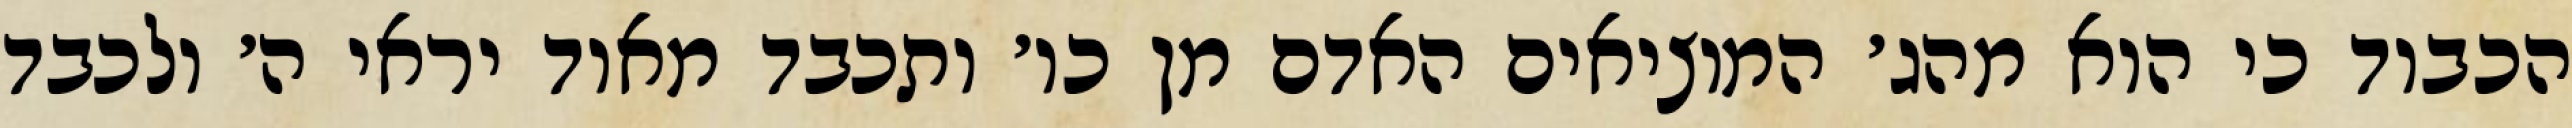
הכבוד כי הוא מהג׳ המוציאים האדם מן כו׳ ותכבד מאוד יראי ה׳ ולכבד